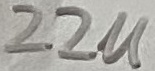
Text: 22u